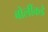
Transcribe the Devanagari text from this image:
बोलींकडे